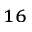
^ { 1 6 }